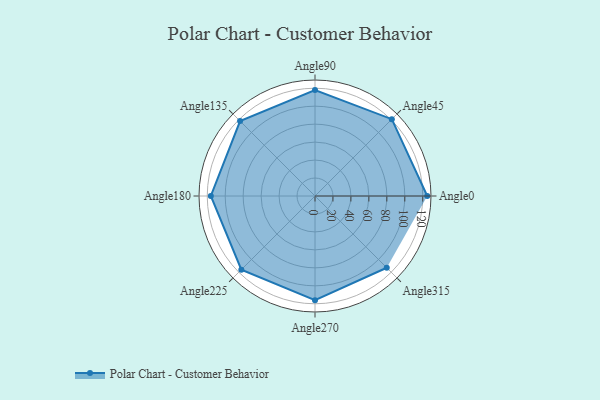
{"axis": {"x": "Angle", "y": "Radius"}, "legend": [""], "data": [{"x": "Angle0", "y": 125.0, "type": ""}, {"x": "Angle45", "y": 121.0, "type": ""}, {"x": "Angle90", "y": 118.0, "type": ""}, {"x": "Angle135", "y": 118.0, "type": ""}, {"x": "Angle180", "y": 116.0, "type": ""}, {"x": "Angle225", "y": 116.0, "type": ""}, {"x": "Angle270", "y": 116.0, "type": ""}, {"x": "Angle315", "y": 113.0, "type": ""}]}